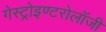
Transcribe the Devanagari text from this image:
गेस्ट्रोइण्टरोलॉजी